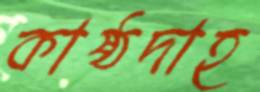
কাষ্ঠদাহ